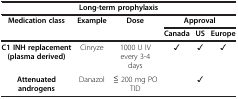
| <COLSPAN=6> Long-term prophylaxis |
 | <ROWSPAN=2> Medication class | <ROWSPAN=2> Example | <ROWSPAN=2> Dose | <COLSPAN=3> Approval |
 | Canada | US | Europe |
 | --- | --- | --- | --- | --- | --- |
 | C1 INH replacement (plasma derived) | Cinryze | 1000 U IV every 3-4 days | ✓ | ✓ | ✓ |
 | Attenuated androgens | Danazol | ≦ 200 mg PO TID |  | ✓ |  |